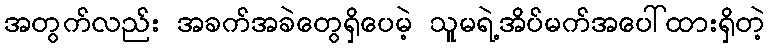
အတွက်လည်း အခက်အခဲတွေရှိပေမဲ့ သူမရဲ့အိပ်မက်အပေါ်ထားရှိတဲ့